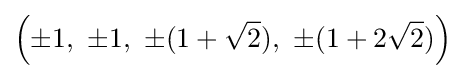
\left(\pm 1,\ \pm 1,\ \pm (1+{\sqrt {2}}),\ \pm (1+2{\sqrt {2}})\right)